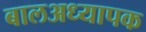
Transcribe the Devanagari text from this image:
बालअध्यापक